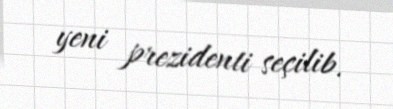
yeni prezidenti seçilib.